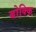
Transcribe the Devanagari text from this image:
बोक्कि